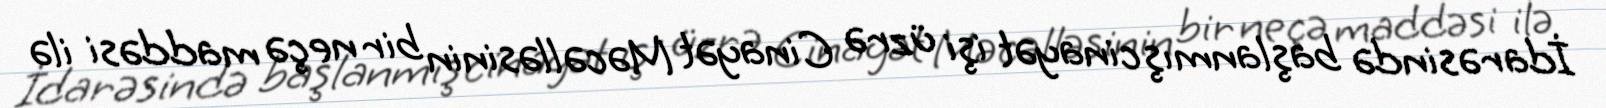
İdarəsində başlanmış cinayət işi üzrə Cinayət Məcəlləsinin bir neçə maddəsi ilə